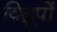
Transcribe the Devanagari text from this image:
विद्रूपों